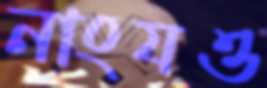
নাংযও